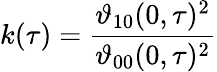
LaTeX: k(\tau)={\frac{\vartheta_{10}(0,\tau)^{2}}{\vartheta_{00}(0,\tau)^{2}}}